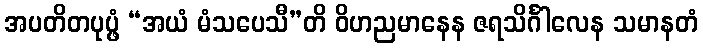
အပတိတပုပ္ဖံ “အယံ မံသပေသီ”တိ ဝိဟညမာနေန ဇရသိင်္ဂါလေန သမာနတံ